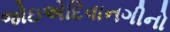
જોઇએદિવાનગીનો